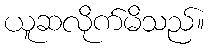
ယူဆလိုက်မိသည်။